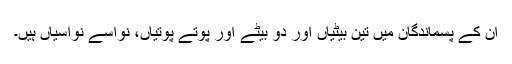
ان کے پسماندگان میں تین بیٹیاں اور دو بیٹے اور پوتے پوتیاں، نواسے نواسیاں ہیں۔